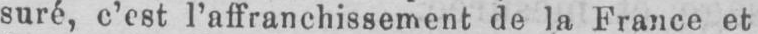
suré, c’est l’affranchissement de la France et